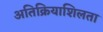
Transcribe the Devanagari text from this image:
अतिक्रियाशिलता